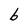
Character: b